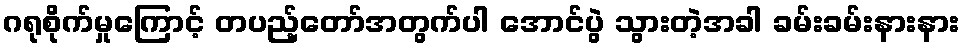
ဂရုစိုက်မှုကြောင့် တပည့်တော်အတွက်ပါ အောင်ပွဲ သွားတဲ့အခါ ခမ်းခမ်းနားနား